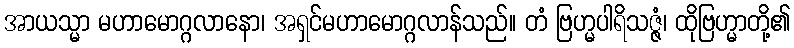
အာယသ္မာ မဟာမောဂ္ဂလာနော၊ အရှင်မဟာမောဂ္ဂလာန်သည်။ တံ ဗြဟ္မပါရိသဇ္ဇံ၊ ထိုဗြဟ္မာတို့၏